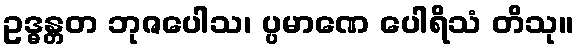
ဥဒ္ဓန္တတ ဘုဇပေါသ၊ ပ္ပမာဏေ ပေါရိသံ တိသု။